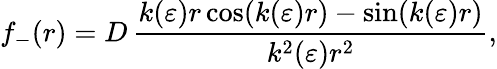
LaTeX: f_{-}(r)=D\, \frac{k(\varepsilon)r\cos(k(\varepsilon)r)-\sin(k(\varepsilon)r)}{k^{2}(\varepsilon)r^{2}},